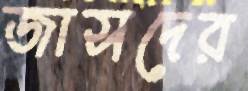
জাসদের